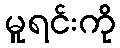
မူရင်းကို